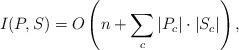
LaTeX: \begin{align*} I(P,S) = O\left( n + \sum_{c} |P_{c}| \cdot |S_{c}| \right) ,\end{align*}